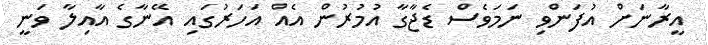
އީރާނަށް އުފަންވި ނަމަވެސް ޑެޖާގާ އުމުރުން އެއް އަހަރުގައި އޭނާގެ އާއިލާ ވަނީ